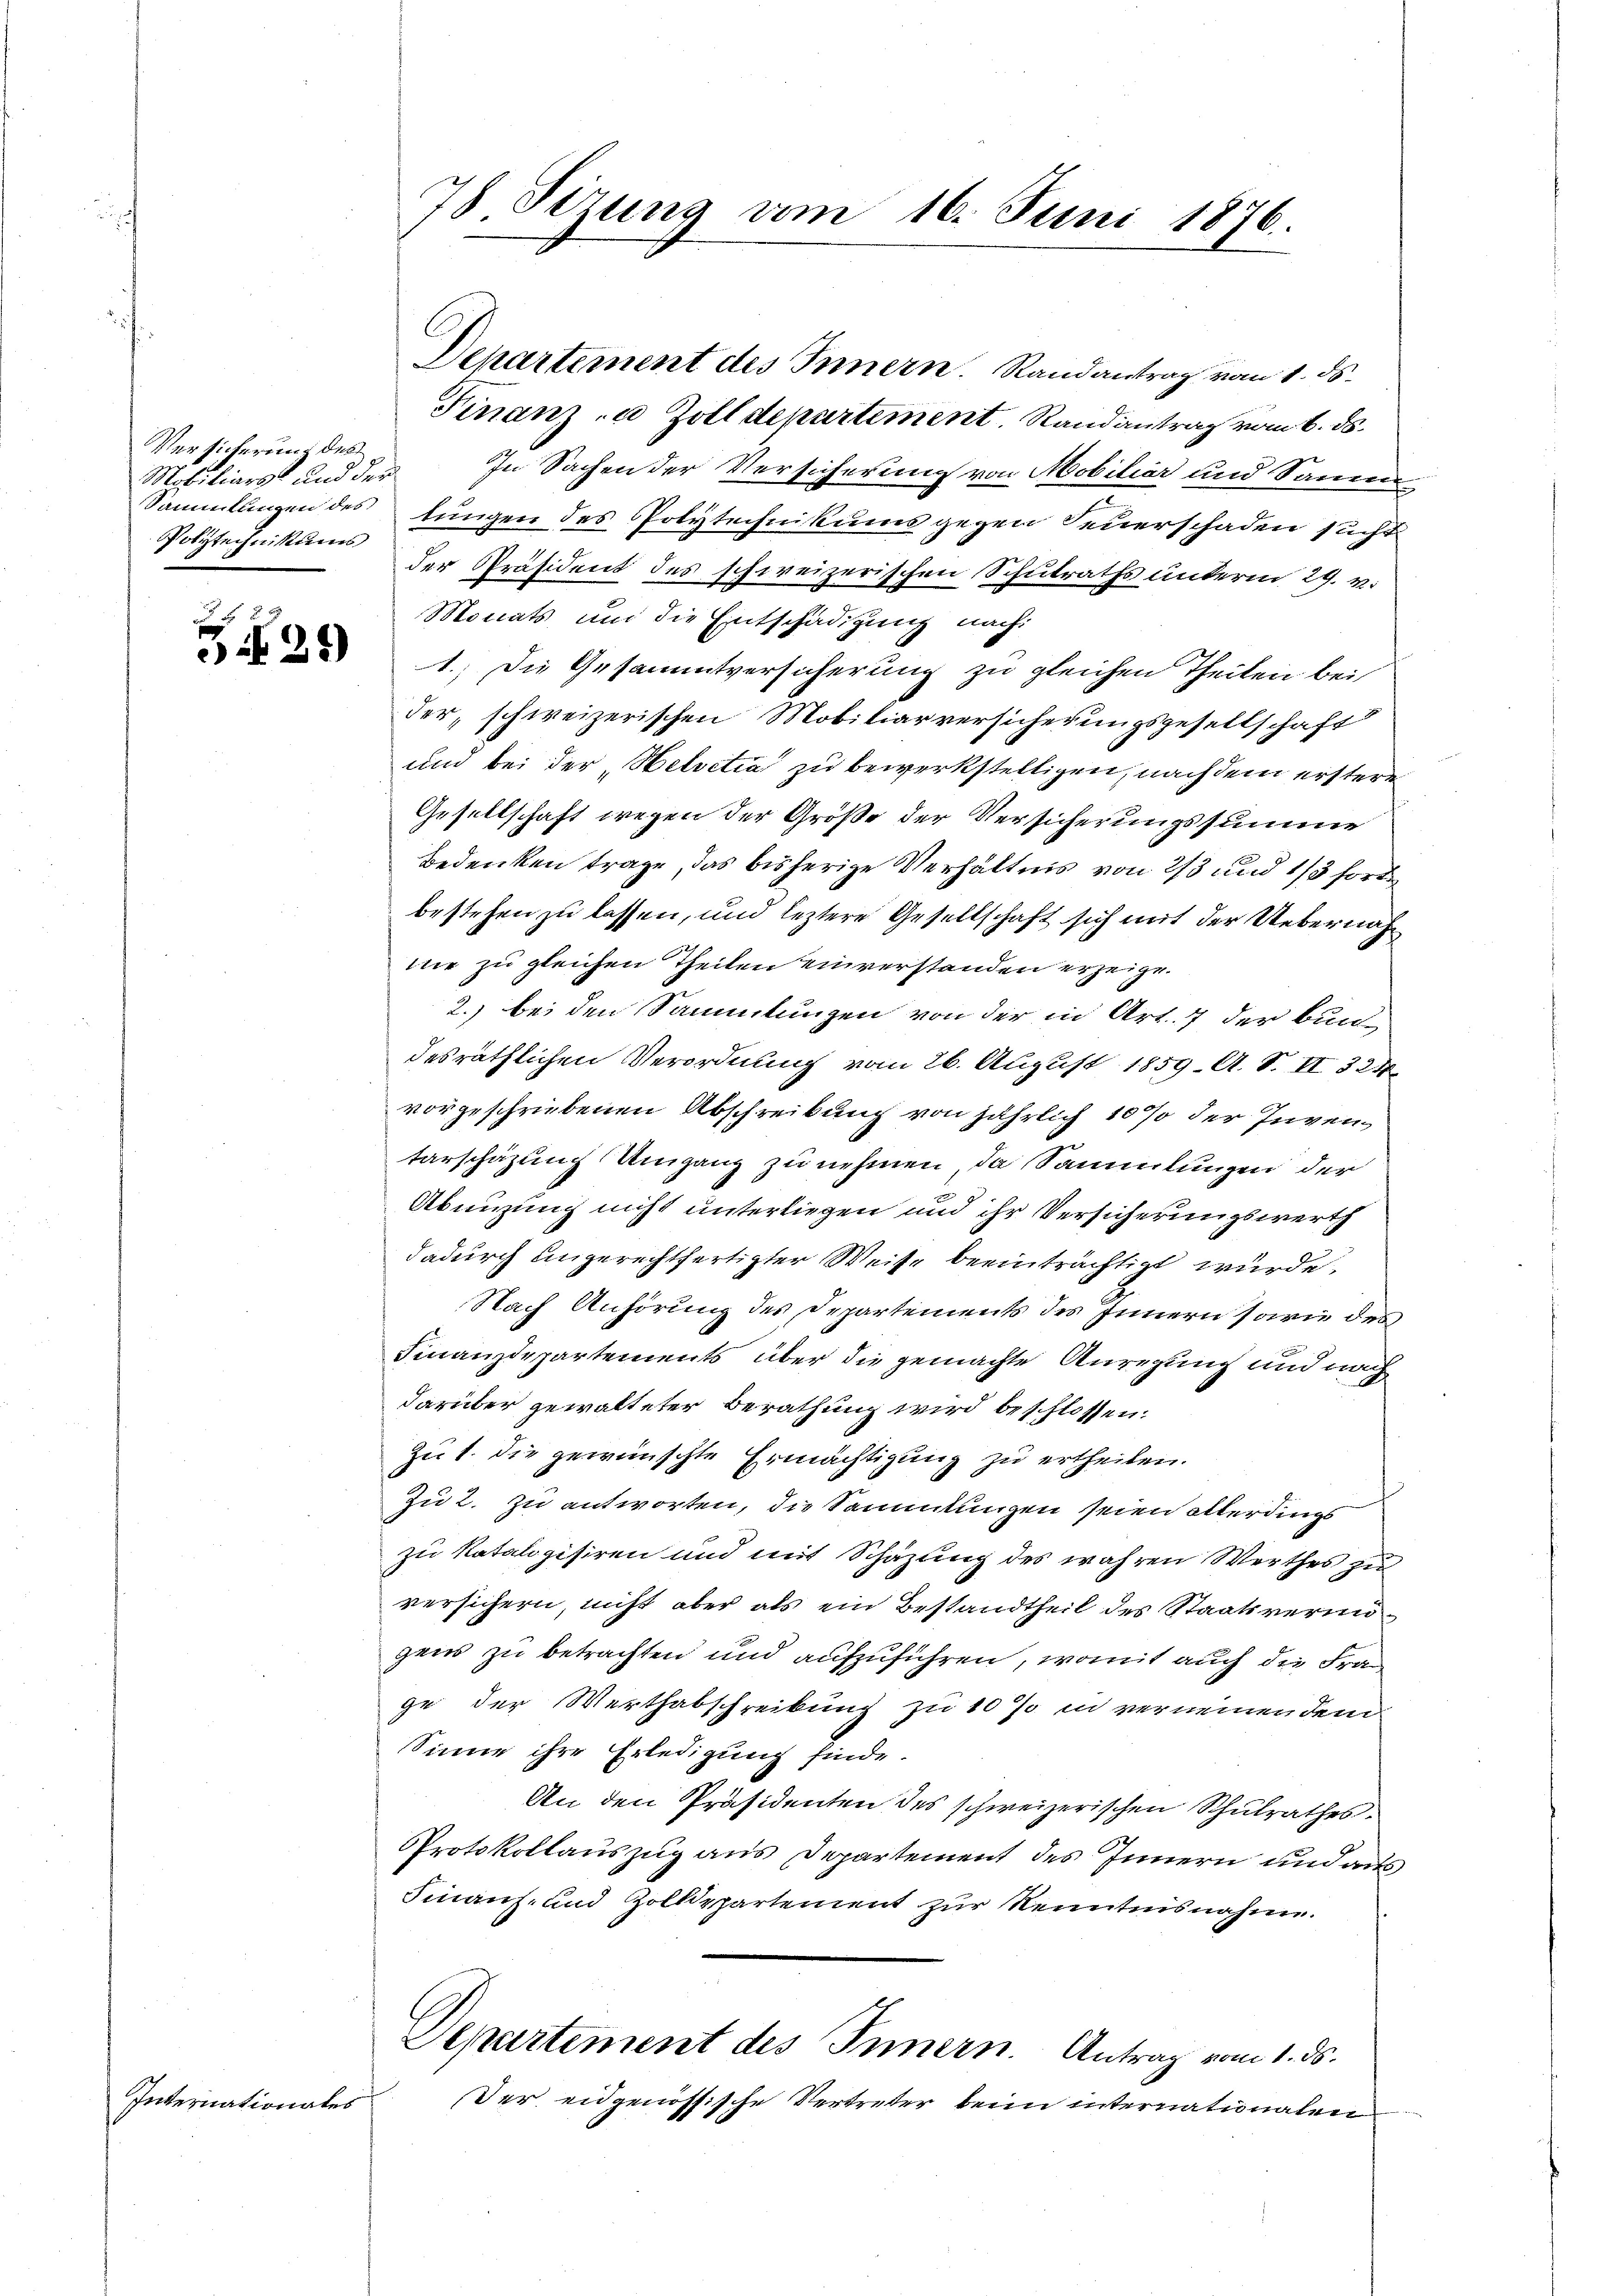
Versicherung des
Mobiliars und der
Polytechnikums

29

Internationales

78. Sizung am 16. Juni 1876.

Departement des Innern. Randantrag vom 1. ds.
Finanz- u Zolldepartement, Randantrag vom 6. ds.
In Sachen der Versicherung von Mobiliar und Sanen
Sammlungen des tungen des Polytechnikums gegen Feuerschaden sucht
der Präsident des schweizerischen Schulraths unterm 29. v.
Monats und die Entschädigung nach
1.) Die Gesammtversicherung zu gleichen Theilen bei
der, schweizerischen Mobiliarversicherungsgesellschaft
und bei der Helvetia zu bewerkstelligen, nach dem erstere
Gesellschaft wegen der Größe der Versicherungssumme
Bedenken trage, das bisherige Verhältnis von 2/3 und 1/3 Forde
bestehen zu lassen, und leztere Gesellschaft sich mit der Uebernahnie zu gleichen Theilen einverstanden erzeige.
2.) bei den Sammlungen von der in Art. 7 der Bunde
desräthlichen Verordnung vom 26. August 1859. A. S. II 324.
vorgeschriebenen Abschreibung von jährlich 10 % der Inven
tarschazung Umgang zu nehmen, da Sammlungen der
Abeizung nicht unterliegen und ihr Versicherungswerth
dadurch ungerechtfertigter Weise beeinträchtigt wurde,
Nach Anhörung des Departements des Innern sowie des
.
Finanzdepartements über die gemachte Anregung und nach
darüber gewalteter Berathung wird beschlossen.
Zut. Die gewünschte Ermächtigung zu ertheilen.
Zu 2. Zu antworten, die Sammlungen seien allerdings
zu Ratalogisiren und mit Schazung des wahren Werthes zu
versichern, nicht aber als ein Bestandtheil des Staatsvermigens zu betrachten und aufzuführen, womit auch die Frage der Werthabschreibung zu 10 % in verneinen dem
Sinne ihre Erledigung finde.
An den Präsidenten des schweizerischen Schulrathes
Protokollauszug aus Departement des Innern und aus
Finanz- und Zolldepartement zur Kenntnisnahm.
Departement des Innern. Antrag vom 1. ds.
Der eidgenössische Vertreter beim internationalen